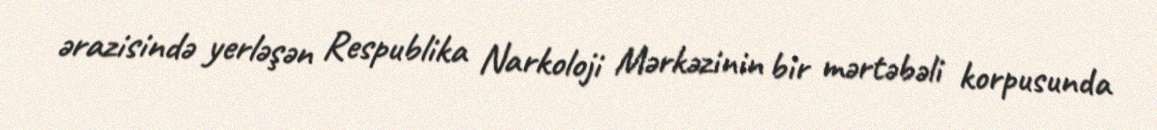
ərazisində yerləşən Respublika Narkoloji Mərkəzinin bir mərtəbəli korpusunda